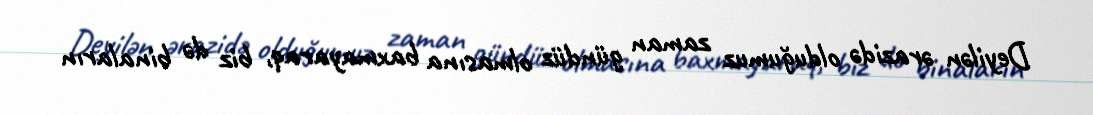
Deyilən ərazidə olduğumuz zaman gündüz olmasına baxmayaraq, biz də binaların